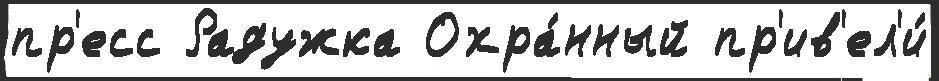
пр'есс Радужка Охра́нный пр'ив'ел'и́